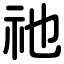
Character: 祂